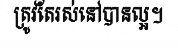
ត្រូវតែរស់នៅបានល្អ។